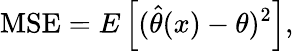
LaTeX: \mathrm{MSE}=E\left[({\widehat{\theta}}(x)-\theta)^{2}\right],